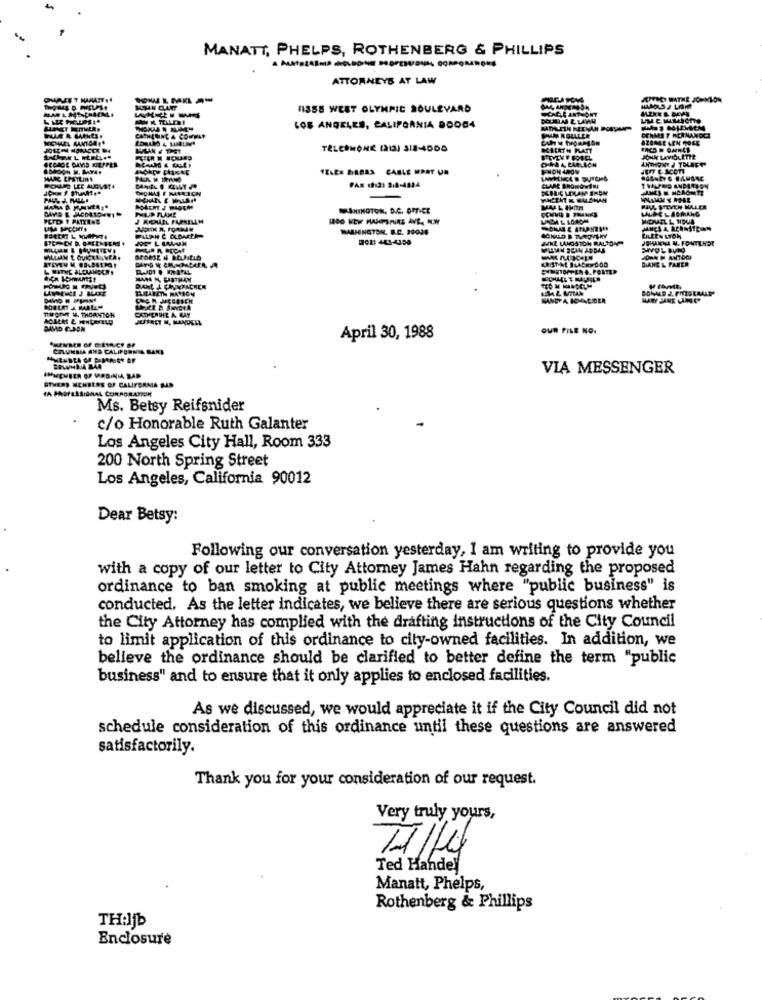
MANATT, PHELPS, ROTHENBERG & PHILLIPS
ATTORNEYS AT LAW
CPTHEY DATHE J
11358 WEST OLYMPIC BOULEVARD
LOS ANGELES, CALIFORNIA DOOD4
IL & COMMA
TELEK BIRBAS CABLE MART UN
JE C Acon
ICILIC LOLAN
-
LID FLAME
MAANINGTON, D.C. OFFICE
PAUL STEVEN HOLLER
PCTD 1 PARKING
J. MICHAEL FAPRELIM
MAAHINGTON. B.C. 99026
MHCLA REN
202: 441-4108
WHE LANOSTON RALTON
JOHANNA N. FOM
MILAN SEIN ADDAS
ELRABETH RATION
TWOTOT 14. THORNTON
OUR PILE NO.
April 30, 1988
COLUMBIA AND CALIFORNIA MAKI
VIA MESSENGER
OTHERS MCHBERS OF CALIFORNIA BAR
TA PROFESSIONAL CORPORATION
Ms. Betsy Reifsnider
c/o Honorable Ruth Galanter
Los Angeles City Hall, Room 333
200 North Spring Street
Los Angeles, California 90012
Dear Betsy:
Following our conversation yesterday, I am writing to provide you
with a copy of our letter to City Attorney James Hahn regarding the proposed
ordinance to ban smoking at public meetings where "public business" is
conducted. As the letter indicates, we believe there are serious questions whether
the City Attorney has complied with the drafting instructions of the City Council
to limit application of this ordinance to city-owned facilities. In addition, we
believe the ordinance should be clarified to better define the term "public
business" and to ensure that it only applies to enclosed facilities.
As we discussed, we would appreciate it if the City Council did not
schedule consideration of this ordinance until these questions are answered
satisfactorily.
Thank you for your consideration of our request.
Very truly yours,
Ted Handel
Manatt, Phelps,
Rothenberg & Phillips
THiljb
Enclosure